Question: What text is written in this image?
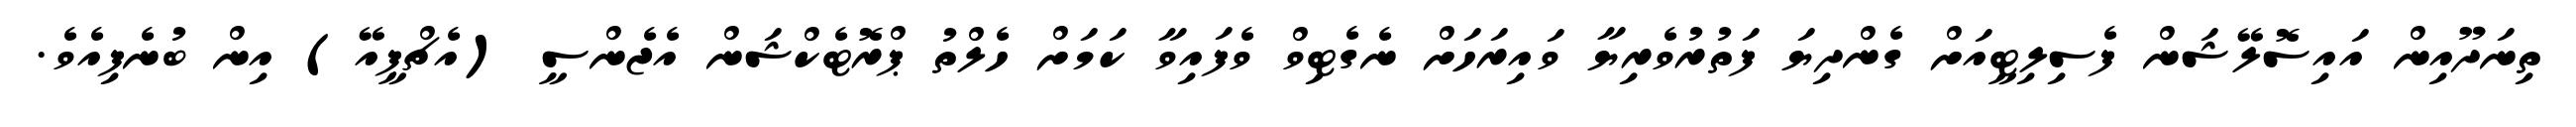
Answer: ތިނަދޫއިން އައިސޮލޭޝަން ފެސިލިޓީއަށް ގެންދިޔަ ފަތުރުވެރިޔާ ވައިރަހަށް ނެގެޓިވް ވެފައިވާ ކަމަށް ހެލްތު ޕްރޮޓެކްޝަން އެޖެންސީ (އެޗްޕީއޭ) އިން ބުނެފިއެވެ.